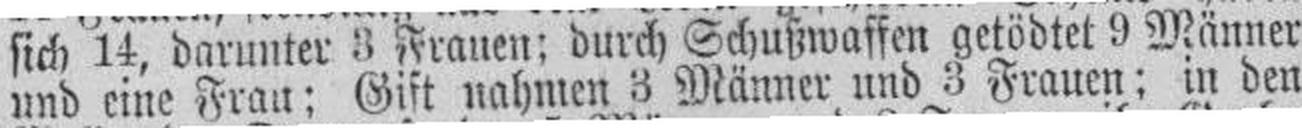
und eine Frau; Gift nahmen 3 Männer und 3 Frauen; in den